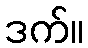
ဒက်။